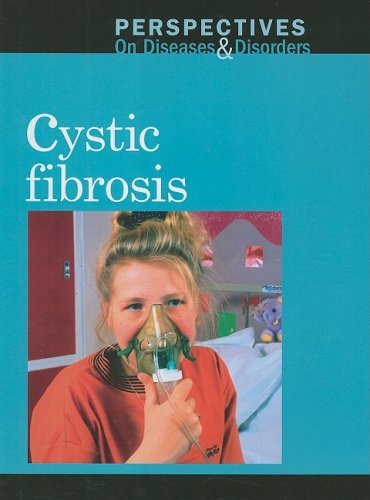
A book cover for Cystic Fibrosis (Perspectives on Diseases & Disorders); Jacqueline Langwith; Health, Fitness & Dieting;